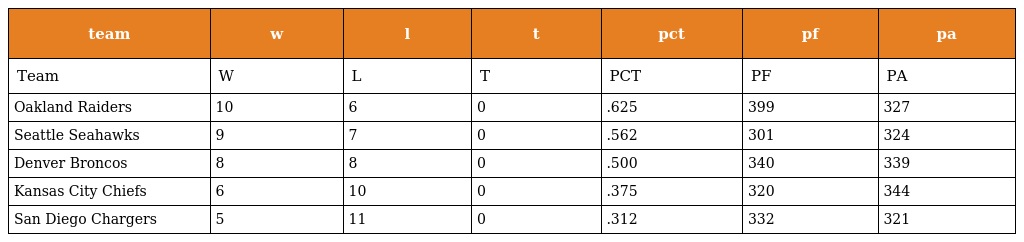
| team | w | l | t | pct | pf | pa |
 | --- | --- | --- | --- | --- | --- | --- |
 | Team | W | L | T | PCT | PF | PA |
 | Oakland Raiders | 10 | 6 | 0 | .625 | 399 | 327 |
 | Seattle Seahawks | 9 | 7 | 0 | .562 | 301 | 324 |
 | Denver Broncos | 8 | 8 | 0 | .500 | 340 | 339 |
 | Kansas City Chiefs | 6 | 10 | 0 | .375 | 320 | 344 |
 | San Diego Chargers | 5 | 11 | 0 | .312 | 332 | 321 |